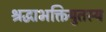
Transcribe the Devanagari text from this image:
श्रद्धाभक्तियुतस्य